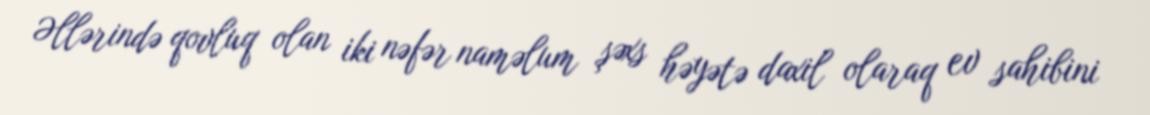
Əllərində qovluq olan iki nəfər naməlum şəxs həyətə daxil olaraq ev sahibini